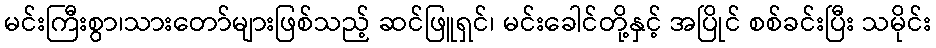
မင်းကြီးစွာ၊သားတော်များဖြစ်သည့် ဆင်ဖြူရှင်၊ မင်းခေါင်တို့နှင့် အပြိုင် စစ်ခင်းပြီး သမိုင်း